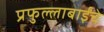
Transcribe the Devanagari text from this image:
प्रफुल्लाबाईंचे